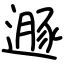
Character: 遯